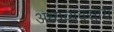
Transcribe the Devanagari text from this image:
अध्यव्यवसाय